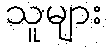
သူများ